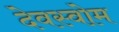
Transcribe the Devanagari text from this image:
देवस्‍वोम